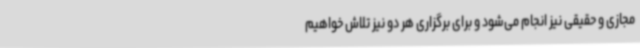
مجازی و حقیقی نیز انجام می‌شود و برای برگزاری هر دو نیز تلاش خواهیم